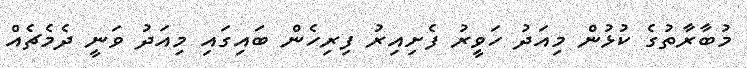
މުބާރާތުގެ ކުޅުން މިއަދު ހަވީރު ފެށިއިރު ފިރިހެން ބައިގައި މިއަދު ވަނީ ދެމެޗެއް